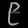
Digit: ၉